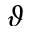
\vartheta